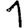
Digit: 1